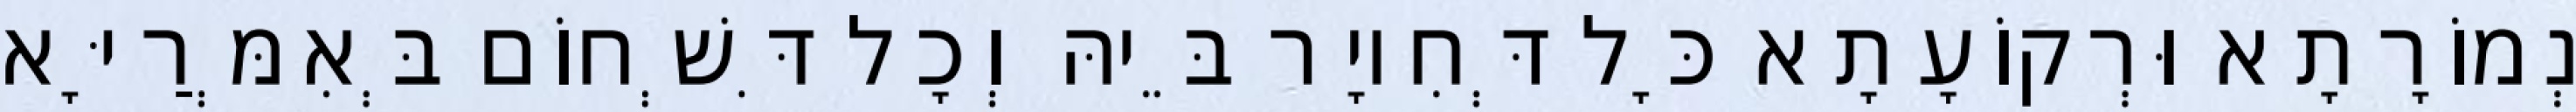
נְמוֹרָתָא וּרְקוֹעָתָא כָּל דְּחִיוָר בֵּיהּ וְכָל דִּשְׁחוֹם בְּאִמְּרַיָּא